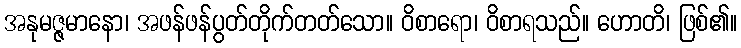
အနုမဇ္ဇမာနော၊ အဖန်ဖန်ပွတ်တိုက်တတ်သော။ ဝိစာရော၊ ဝိစာရသည်။ ဟောတိ၊ ဖြစ်၏။